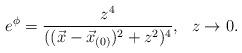
LaTeX: \begin{align*}e^{\phi}= { z^4\over ( (\vec x-\vec x_{(0)})^2+z^2)^4} , \ \ z\rightarrow 0.\end{align*}